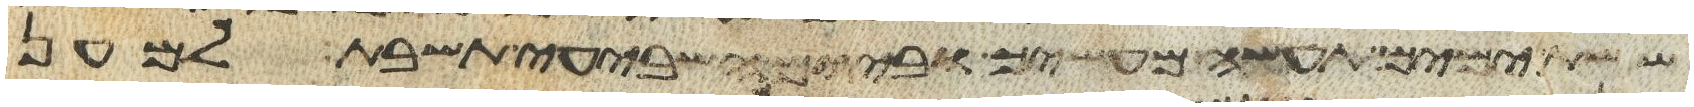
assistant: ששת ימים תעשה מעשיך וביום השביעי תשבת למען